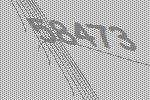
58473